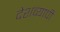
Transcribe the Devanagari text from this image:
देशव्‍यापी